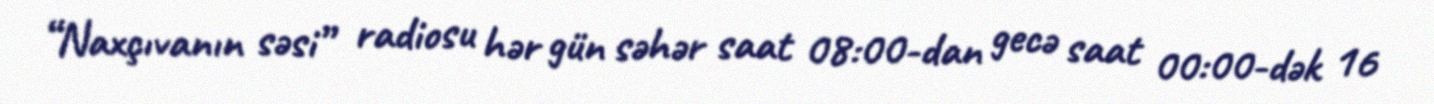
“Naxçıvanın səsi” radiosu hər gün səhər saat 08:00-dan gecə saat 00:00-dək 16